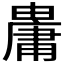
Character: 𤰋